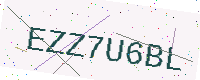
Text: EZZ7U6BL